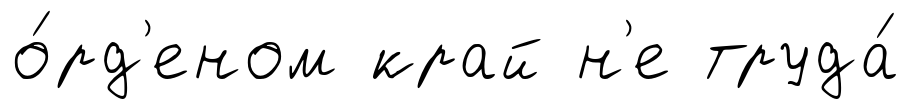
о́рд'еном край н'е труда́